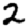
Digit: 2